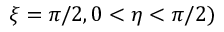
\xi = \pi / 2 , 0 < \eta < \pi / 2 )